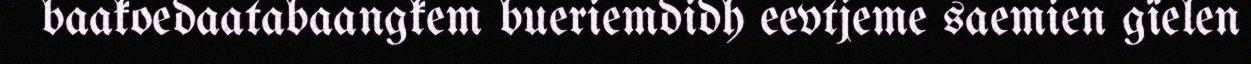
baakoedaatabaangkem bueriemdidh eevtjeme saemien gïelen